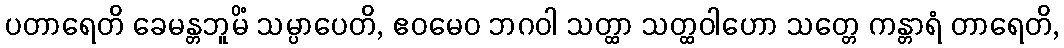
ပတာရေတိ ခေမန္တဘူမိံ သမ္ပာပေတိ, ဧဝမေဝ ဘဂဝါ သတ္ထာ သတ္ထဝါဟော သတ္တေ ကန္တာရံ တာရေတိ,